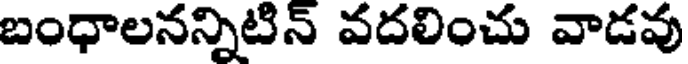
బంధాలనన్నిటిన్ వదలించు వాడవు